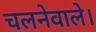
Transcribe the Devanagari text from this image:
चलनेवाले।